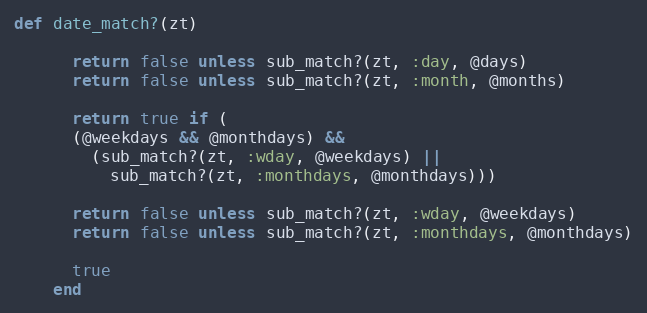
Language: Ruby
def date_match?(zt)

      return false unless sub_match?(zt, :day, @days)
      return false unless sub_match?(zt, :month, @months)

      return true if (
      (@weekdays && @monthdays) &&
        (sub_match?(zt, :wday, @weekdays) ||
          sub_match?(zt, :monthdays, @monthdays)))

      return false unless sub_match?(zt, :wday, @weekdays)
      return false unless sub_match?(zt, :monthdays, @monthdays)

      true
    end